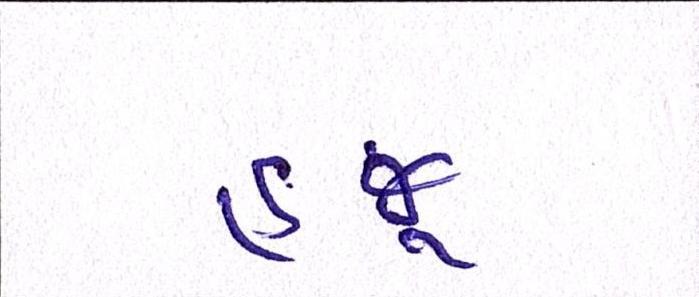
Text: હજૂ